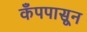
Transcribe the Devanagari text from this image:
कँपपासून